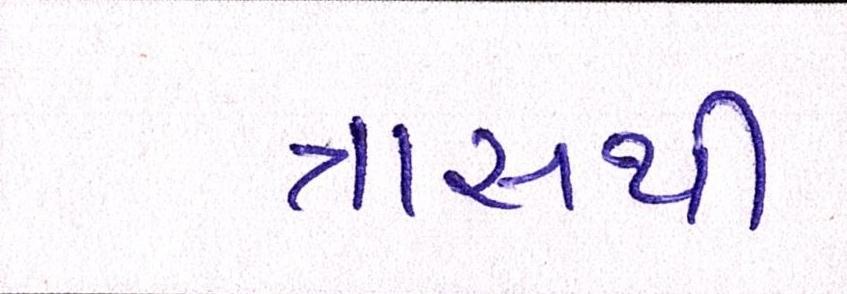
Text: ત્રાસથી